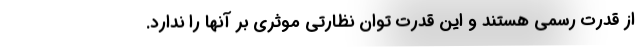
از قدرت رسمي هستند و اين قدرت توان نظارتي موثري بر آنها را ندارد.